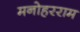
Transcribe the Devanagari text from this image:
मनोहरराम